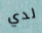
لدي